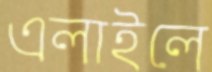
এলাইলে